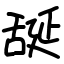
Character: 𦧝